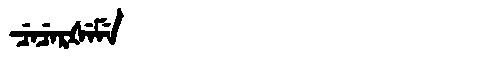
Manchu: ᠴᡝᠴᡝᡵᡧᡝᠮᡝ
Romanization: CECERŠEME